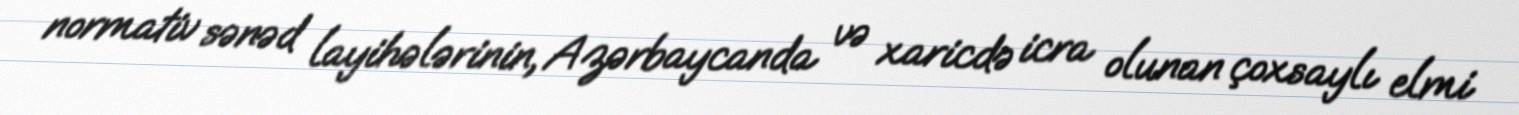
normativ sənəd layihələrinin, Azərbaycanda və xaricdə icra olunan çoxsaylı elmi